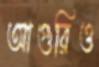
আগুরিও